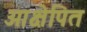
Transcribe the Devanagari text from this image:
आक्षेपित